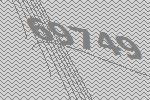
69749